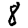
Digit: 8